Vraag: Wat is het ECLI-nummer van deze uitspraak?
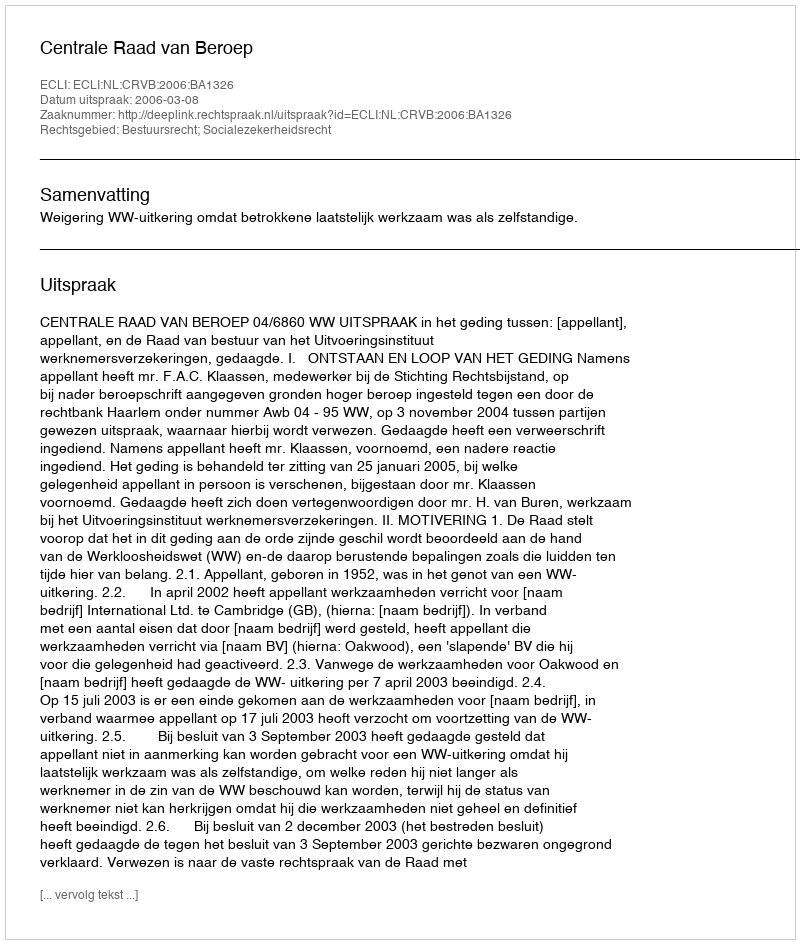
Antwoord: ECLI:NL:CRVB:2006:BA1326